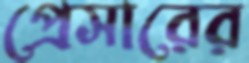
প্রেসারের